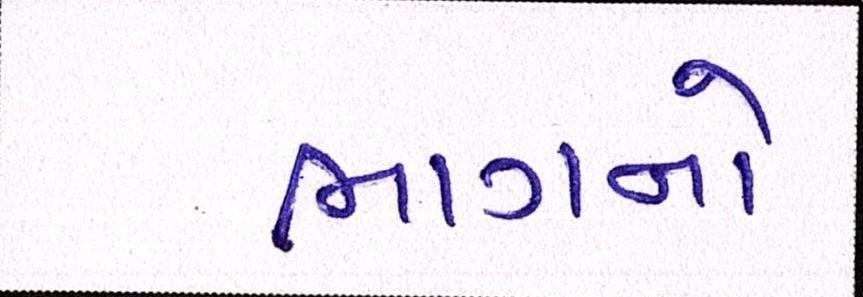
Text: ભાગનો